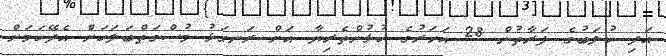
އަދި ކުލަބުގެ ފަރާތުން 28 އަހަރުގެ ކުޅުންތެރިޔާ އަށް ރަނގަޅު މުސްގަތްބަލަކަށް އެދޭކަމަށް